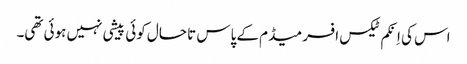
اس کی اِنکم ٹیکس افسر میڈم کے پاس تا حال کوئی پیشی نہیں ہوئی تھی۔